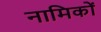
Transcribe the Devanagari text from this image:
नामिकों